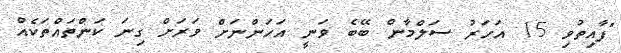
"ފާއިތުވި 15 އަހަރު ސަލްމާން ބޭބެ ވަނީ އަހަންނަށް ވަރަށް ގިނަ ކަންތައްތަކެއް